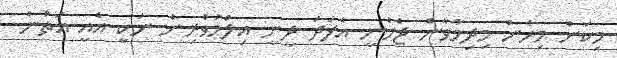
މިކަން މިހެން މިދިމާވާން ޖެހެނީ އެފަދަ ދީނީ އިލްމުވެރިން ނަކީ އެއީ އަތުން